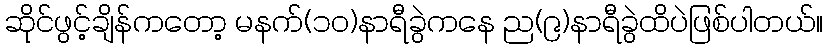
ဆိုင်ဖွင့်ချိန်ကတော့ မနက်(၁၀)နာရီခွဲကနေ ည(၉)နာရီခွဲထိပဲဖြစ်ပါတယ်။